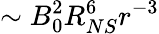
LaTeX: \sim B_{0}^{2}R_{NS}^{6}r^{-3}